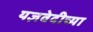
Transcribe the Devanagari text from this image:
यज्ञवेदीच्या